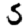
Digit: 5